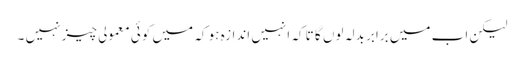
لیکن اب میں برابر بدلہ لوں گا تا کہ انہیں اندازہ ہو کہ میں کوئی معمولی چیز نہیں ۔